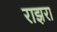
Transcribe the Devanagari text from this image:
राझरा